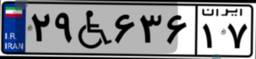
۹۱W۸۸۳۶۶